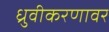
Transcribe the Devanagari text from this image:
ध्रुवीकरणावर